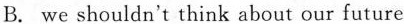
B. we shouldn't think about our future